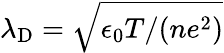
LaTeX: \lambda_{\mathrm{D}}=\sqrt{{\epsilon_{0}T}/{(ne^{2})}}